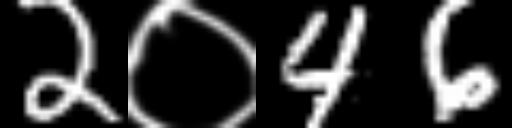
Text: 2०46